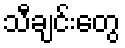
သီချင်းတွေ